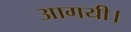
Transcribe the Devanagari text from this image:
आगयी।